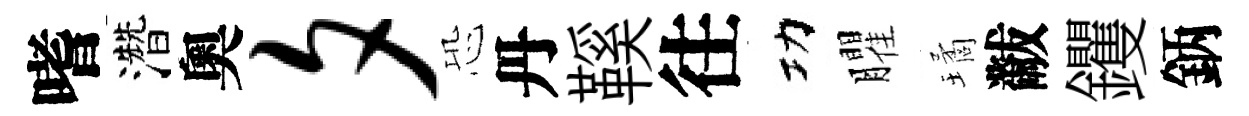
嗜濳奧夕恐丹鞵往功臞璚黻钁鈵